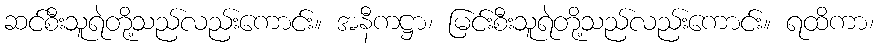
ဆင်စီးသူရဲတို့သည်လည်းကောင်း။ အနီကဋ္ဌာ၊ မြင်းစီးသူရဲတို့သည်လည်းကောင်း။ ရထိကာ၊